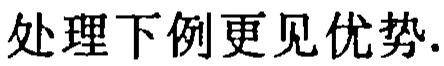
处理下例更见优势.